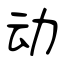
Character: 动